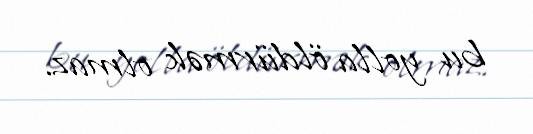
bu yolla öldürmək olmaz.